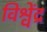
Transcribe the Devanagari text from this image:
विश्वेंद्र